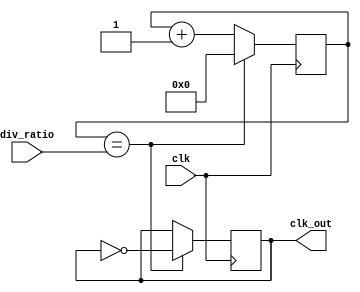
module clock_divider(
    input clk,
    input [7:0] div_ratio,
    output reg clk_out
);

reg [7:0] count;

always @(posedge clk) begin
    if (count == div_ratio) begin
        clk_out <= ~clk_out;
        count <= 0;
    end else begin
        count <= count + 1;
    end
end

endmodule